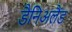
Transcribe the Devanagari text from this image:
डैनिअलैंड